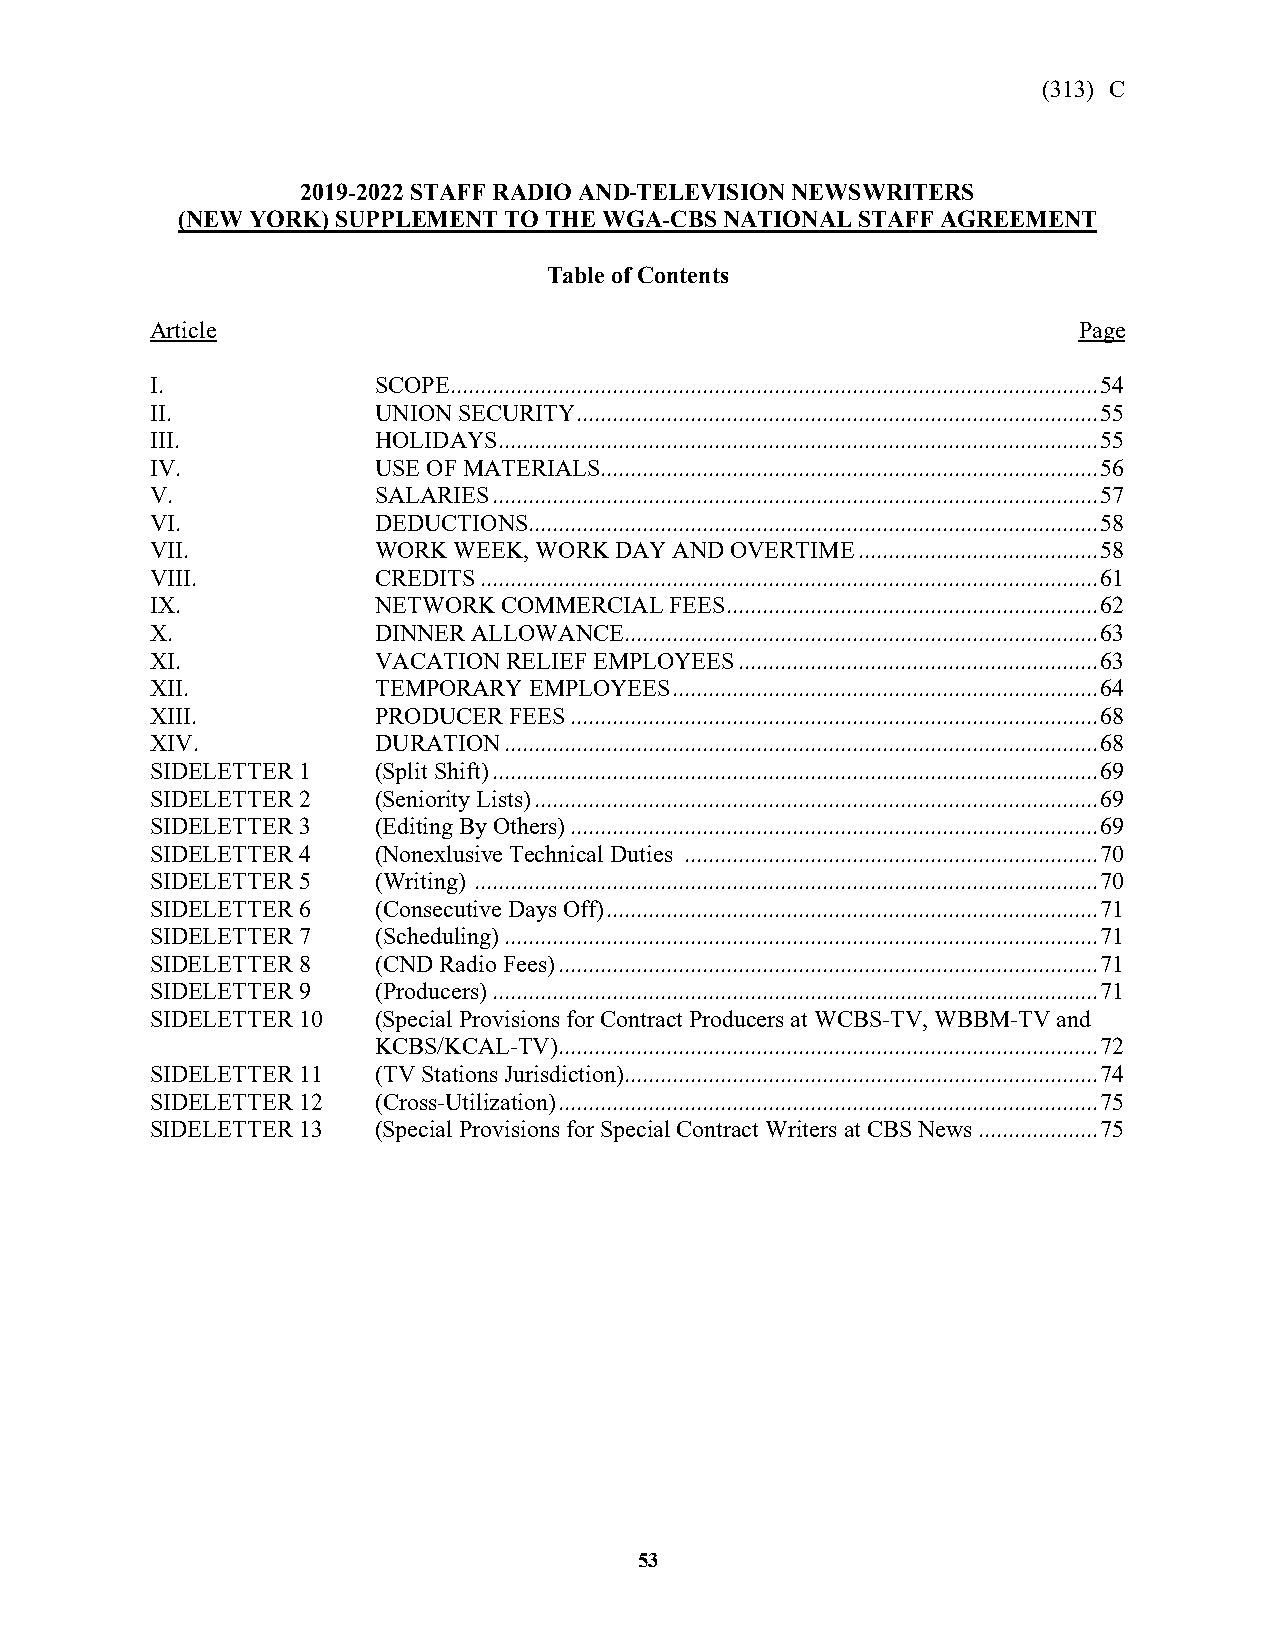
(313) C
 2019-2022 STAFF RADIO AND TELEVISION NEWSWRITERS
 (NEW YORK) SUPPLEMENT TO THE WGA-CBS NATIONAL STAFF AGREEMENT
 Table of Contents
 Article                                                      Page
 I.             SCOPE ............................................................................................................ 54
 II.            UNION SECURITY ....................................................................................... 55
 III.           HOLIDAYS .................................................................................................... 55
 IV.            USE OF MATERIALS................................................................................... 56
 V.             SALARIES ..................................................................................................... 57
 VI.            DEDUCTIONS............................................................................................... 58
 VII.           WORK WEEK, WORK DAY AND OVERTIME ........................................ 58
 VIII.          CREDITS ....................................................................................................... 61
 IX.            NETWORK COMMERCIAL FEES .............................................................. 62
 X.             DINNER ALLOWANCE ............................................................................... 63
 XI.            VACATION RELIEF EMPLOYEES ............................................................ 63
 XII.           TEMPORARY EMPLOYEES ....................................................................... 64
 XIII.          PRODUCER FEES ........................................................................................ 68
 XIV.           DURATION ................................................................................................... 68
 SIDELETTER 1   (Split Shift) ..................................................................................................... 69
 SIDELETTER 2   (Seniority Lists) .............................................................................................. 69
 SIDELETTER 3   (Editing By Others) ........................................................................................ 69
 SIDELETTER 4   (Nonexlusive Technical Duties ..................................................................... 70
 SIDELETTER 5   (Writing) ........................................................................................................ 70
 SIDELETTER 6   (Consecutive Days Off) .................................................................................. 71
 SIDELETTER 7   (Scheduling) ................................................................................................... 71
 SIDELETTER 8   (CND Radio Fees) .......................................................................................... 71
 SIDELETTER 9   (Producers) ..................................................................................................... 71
 SIDELETTER 10  (Special Provisions for Contract Producers at WCBS-TV, WBBM-TV and
 KCBS/KCAL-TV) .......................................................................................... 72
 SIDELETTER 11  (TV Stations Jurisdiction)............................................................................... 74
 SIDELETTER 12  (Cross-Utilization) .......................................................................................... 75
 SIDELETTER 13  (Special Provisions for Special Contract Writers at CBS News .................... 75
 5453